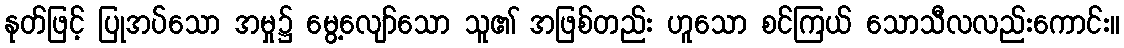
နုတ်ဖြင့် ပြုအပ်သော အမှု၌ မွေ့လျော်သော သူ၏ အဖြစ်တည်း ဟူသော စင်ကြယ် သောသီလလည်းကောင်း။